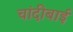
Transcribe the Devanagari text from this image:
चांदीबाई